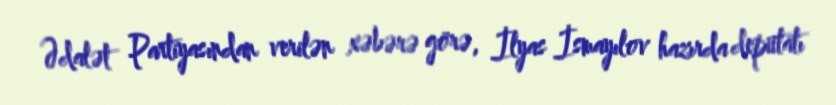
Ədalət Partiyasından verilən xəbərə görə, İlyas İsmayılov hazırda deputatı